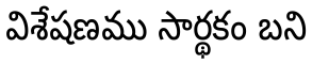
విశేషణము సార్థకం బని